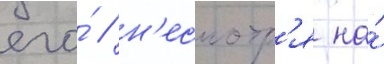
его́ / н'есмотр'я на́